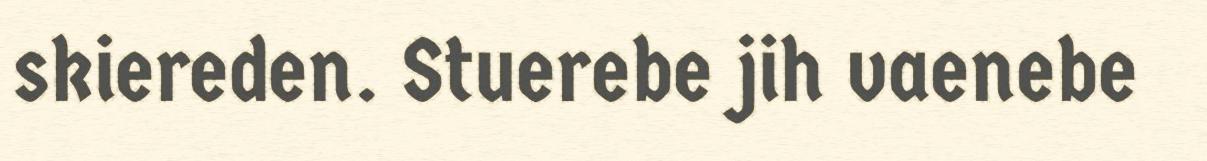
skiereden. Stuerebe jih vaenebe